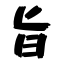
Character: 旨